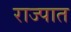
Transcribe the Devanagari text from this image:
राज्पात